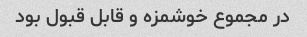
در مجموع خوشمزه و قابل قبول بود